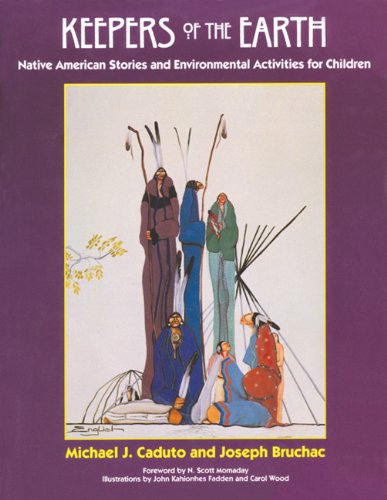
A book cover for Keepers of the Earth: Native American Stories and Environmental Activities for Children; Michael J. Caduto; Literature & Fiction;